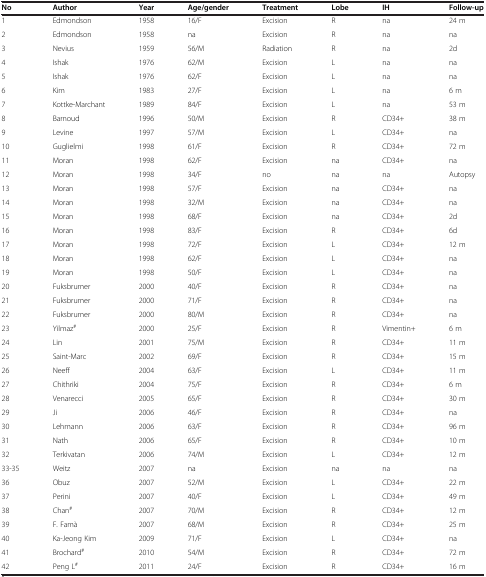
<table><thead><tr><td><b>No</b></td><td><b>Author</b></td><td><b>Year</b></td><td><b>Age/gender</b></td><td><b>Treatment</b></td><td><b>Lobe</b></td><td><b>IH</b></td><td><b>Follow-up</b></td></tr></thead><tbody><tr><td>1</td><td>Edmondson</td><td>1958</td><td>16/F</td><td>Excision</td><td>R</td><td>na</td><td>24 m</td></tr><tr><td>2</td><td>Edmondson</td><td>1958</td><td>na</td><td>Excision</td><td>R</td><td>na</td><td>na</td></tr><tr><td>3</td><td>Nevius</td><td>1959</td><td>56/M</td><td>Radiation</td><td>R</td><td>na</td><td>2d</td></tr><tr><td>4</td><td>Ishak</td><td>1976</td><td>62/M</td><td>Excision</td><td>L</td><td>na</td><td>na</td></tr><tr><td>5</td><td>Ishak</td><td>1976</td><td>62/F</td><td>Excision</td><td>L</td><td>na</td><td>na</td></tr><tr><td>6</td><td>Kim</td><td>1983</td><td>27/F</td><td>Excision</td><td>L</td><td>na</td><td>6 m</td></tr><tr><td>7</td><td>Kottke-Marchant</td><td>1989</td><td>84/F</td><td>Excision</td><td>L</td><td>na</td><td>53 m</td></tr><tr><td>8</td><td>Barnoud</td><td>1996</td><td>50/M</td><td>Excision</td><td>R</td><td>CD34+</td><td>38 m</td></tr><tr><td>9</td><td>Levine</td><td>1997</td><td>57/M</td><td>Excision</td><td>L</td><td>CD34+</td><td>na</td></tr><tr><td>10</td><td>Guglielmi</td><td>1998</td><td>61/F</td><td>Excision</td><td>R</td><td>CD34+</td><td>72 m</td></tr><tr><td>11</td><td>Moran</td><td>1998</td><td>62/F</td><td>Excision</td><td>na</td><td>CD34+</td><td>na</td></tr><tr><td>12</td><td>Moran</td><td>1998</td><td>34/F</td><td>no</td><td>na</td><td>na</td><td>Autopsy</td></tr><tr><td>13</td><td>Moran</td><td>1998</td><td>57/F</td><td>Excision</td><td>na</td><td>CD34+</td><td>na</td></tr><tr><td>14</td><td>Moran</td><td>1998</td><td>32/M</td><td>Excision</td><td>na</td><td>CD34+</td><td>na</td></tr><tr><td>15</td><td>Moran</td><td>1998</td><td>68/F</td><td>Excision</td><td>na</td><td>CD34+</td><td>2d</td></tr><tr><td>16</td><td>Moran</td><td>1998</td><td>83/F</td><td>Excision</td><td>R</td><td>CD34+</td><td>6d</td></tr><tr><td>17</td><td>Moran</td><td>1998</td><td>72/F</td><td>Excision</td><td>L</td><td>CD34+</td><td>12 m</td></tr><tr><td>18</td><td>Moran</td><td>1998</td><td>62/F</td><td>Excision</td><td>L</td><td>CD34+</td><td>na</td></tr><tr><td>19</td><td>Moran</td><td>1998</td><td>50/F</td><td>Excision</td><td>L</td><td>CD34+</td><td>na</td></tr><tr><td>20</td><td>Fuksbrumer</td><td>2000</td><td>40/F</td><td>Excision</td><td>R</td><td>CD34+</td><td>na</td></tr><tr><td>21</td><td>Fuksbrumer</td><td>2000</td><td>71/F</td><td>Excision</td><td>R</td><td>CD34+</td><td>na</td></tr><tr><td>22</td><td>Fuksbrumer</td><td>2000</td><td>80/M</td><td>Excision</td><td>R</td><td>CD34+</td><td>na</td></tr><tr><td>23</td><td>Yilmaz<sup>#</sup></td><td>2000</td><td>25/F</td><td>Excision</td><td>R</td><td>Vimentin+</td><td>6 m</td></tr><tr><td>24</td><td>Lin</td><td>2001</td><td>75/M</td><td>Excision</td><td>R</td><td>CD34+</td><td>11 m</td></tr><tr><td>25</td><td>Saint-Marc</td><td>2002</td><td>69/F</td><td>Excision</td><td>R</td><td>CD34+</td><td>15 m</td></tr><tr><td>26</td><td>Neeff</td><td>2004</td><td>63/F</td><td>Excision</td><td>L</td><td>CD34+</td><td>11 m</td></tr><tr><td>27</td><td>Chithriki</td><td>2004</td><td>75/F</td><td>Excision</td><td>R</td><td>CD34+</td><td>6 m</td></tr><tr><td>28</td><td>Venarecci</td><td>2005</td><td>65/F</td><td>Excision</td><td>R</td><td>CD34+</td><td>30 m</td></tr><tr><td>29</td><td>Ji</td><td>2006</td><td>46/F</td><td>Excision</td><td>R</td><td>CD34+</td><td>na</td></tr><tr><td>30</td><td>Lehmann</td><td>2006</td><td>63/F</td><td>Excision</td><td>R</td><td>CD34+</td><td>96 m</td></tr><tr><td>31</td><td>Nath</td><td>2006</td><td>65/F</td><td>Excision</td><td>R</td><td>CD34+</td><td>10 m</td></tr><tr><td>32</td><td>Terkivatan</td><td>2006</td><td>74/M</td><td>Excision</td><td>L</td><td>CD34+</td><td>12 m</td></tr><tr><td>33-35</td><td>Weitz</td><td>2007</td><td>na</td><td>Excision</td><td>na</td><td>na</td><td>na</td></tr><tr><td>36</td><td>Obuz</td><td>2007</td><td>52/M</td><td>Excision</td><td>L</td><td>CD34+</td><td>22 m</td></tr><tr><td>37</td><td>Perini</td><td>2007</td><td>40/F</td><td>Excision</td><td>L</td><td>CD34+</td><td>49 m</td></tr><tr><td>38</td><td>Chan<sup>#</sup></td><td>2007</td><td>70/M</td><td>Excision</td><td>R</td><td>CD34+</td><td>12 m</td></tr><tr><td>39</td><td>F. Famà</td><td>2007</td><td>68/M</td><td>Excision</td><td>R</td><td>CD34+</td><td>25 m</td></tr><tr><td>40</td><td>Ka-Jeong Kim</td><td>2009</td><td>71/F</td><td>Excision</td><td>L</td><td>CD34+</td><td>na</td></tr><tr><td>41</td><td>Brochard<sup>#</sup></td><td>2010</td><td>54/M</td><td>Excision</td><td>R</td><td>CD34+</td><td>72 m</td></tr><tr><td>42</td><td>Peng L<sup>#</sup></td><td>2011</td><td>24/F</td><td>Excision</td><td>R</td><td>CD34+</td><td>16 m</td></tr></tbody></table>